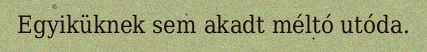
Egyiküknek sem akadt méltó utóda.